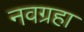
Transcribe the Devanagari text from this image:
नवग्रहा